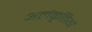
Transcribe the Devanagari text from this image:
अलंकृतियों